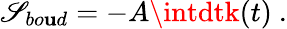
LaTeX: \mathscr{S}_{bo\mathbf{u}d}=-A\intdtk(t)\ .